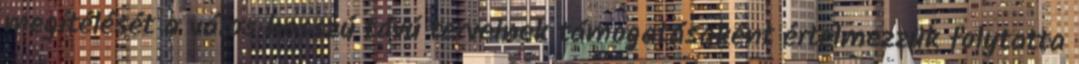
megítélését a város hosszú távú terveinek támogatásaként értelmezzük folytatta